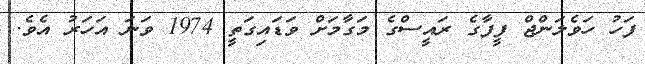
ފަހު ހަވެލަންޖް ފީފާގެ ރައީސްގެ މަގާމަށް ވަޑައިގަތީ 1974 ވަނަ އަހަރު އެވެ.